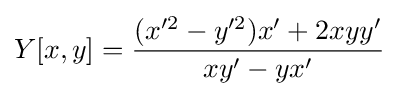
Y[x,y]={\frac {(x'^{2}-y'^{2})x'+2xyy'}{xy'-yx'}}